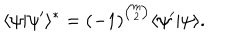
\langle \psi | \psi ^ { \prime } \rangle ^ { \ast } = ( - 1 ) ^ { { \binom { m } { 2 } } } \langle \psi ^ { \prime } | \psi \rangle .